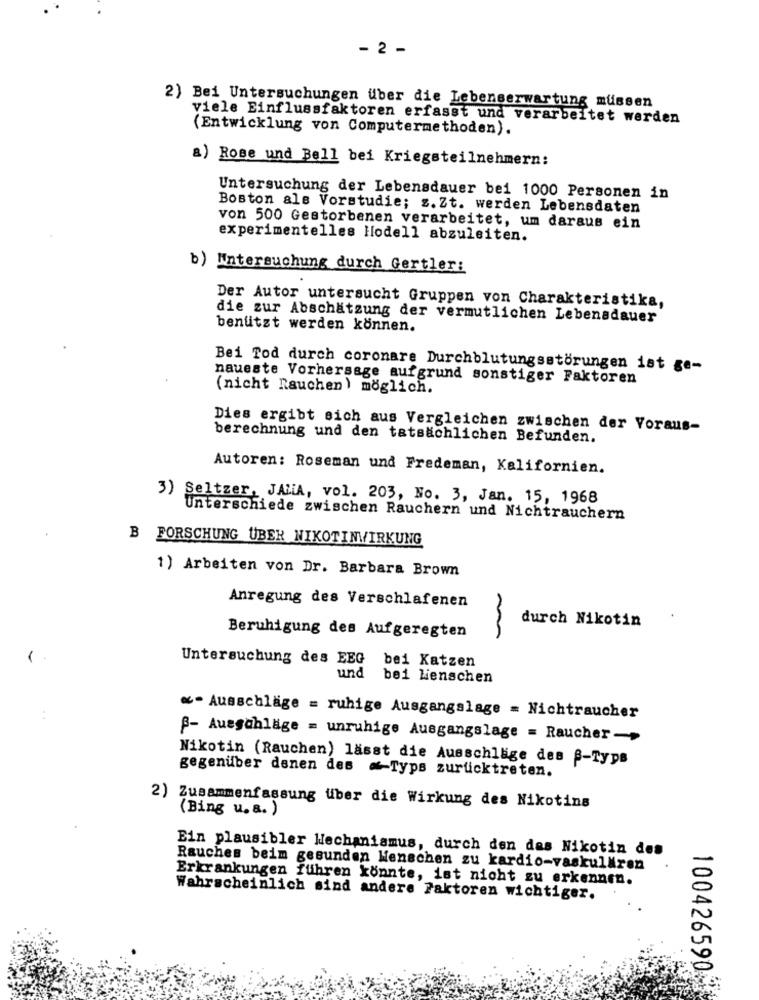
- 2 -
2) Bei Untersuchungen über die Lebenserwartung müssen
viele Einflussfaktoren erfasst und verarbeitet werden
(Entwicklung von Computermethoden).
a) Rose und Bell bei Kriegsteilnehmern:
Untersuchung der Lebensdauer bei 1000 Personen in
Boston als Vorstudie; z. Zt. werden Lebensdaten
von 500 Gestorbenen verarbeitet, um daraus ein
experimentelles Hodell abzuleiten.
b) Untersuchung durch Gertler:
Der Autor untersucht Gruppen von Charakteristika,
die zur Abschätzung der vermutlichen Lebensdauer
benutzt werden können.
Bei Tod durch coronare Durchblutungsstörungen ist ge-
naueste Vorhersage aufgrund sonstiger Faktoren
(nicht Rauchen) möglich.
Dies ergibt sich aus Vergleichen zwischen der Voraus-
berechnung und den tatsächlichen Befunden.
Autoren: Roseman und Fredeman, Kalifornien.
3) Seltzer, JALA, vol. 203, No. 3, Jan. 15, 1968
Unterschiede zwischen Rauchern und Nichtrauchern
B FORSCHUNG ÜBER NIKOTINWIRKUNG
1) Arbeiten von Dr. Barbara Brown
Anregung des Verschlafenen
durch Nikotin
Beruhigung des Aufgeregten
Untersuchung des EEG bei Katzen
und
bei lienschen
«- Ausschläge = ruhige Ausgangslage = Nichtraucher
B- Ausgahläge = unruhige Ausgangslage = Raucher->
Nikotin (Rauchen) lässt die Ausschläge des B-Typs
gegenüber denen des " Typs zurücktreten.
2) Zusammenfassung über die Wirkung des Nikotins
(Bing u.a. )
Ein plausibler Mechanismus, durch den das Nikotin des
Rauches beim gesunden Menschen zu kardio-vaskulMiren
Erkrankungen führen könnte, ist nicht zu erkennen.
Wahrscheinlich sind andere Faktoren wichtiger.
100426590-